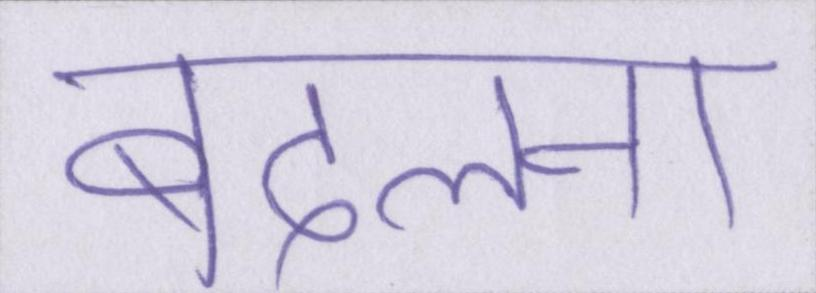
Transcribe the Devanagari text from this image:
बदलना